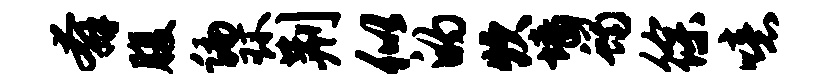
奔腹编环荆似的炊墙蝎徐噫